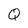
Character: Q